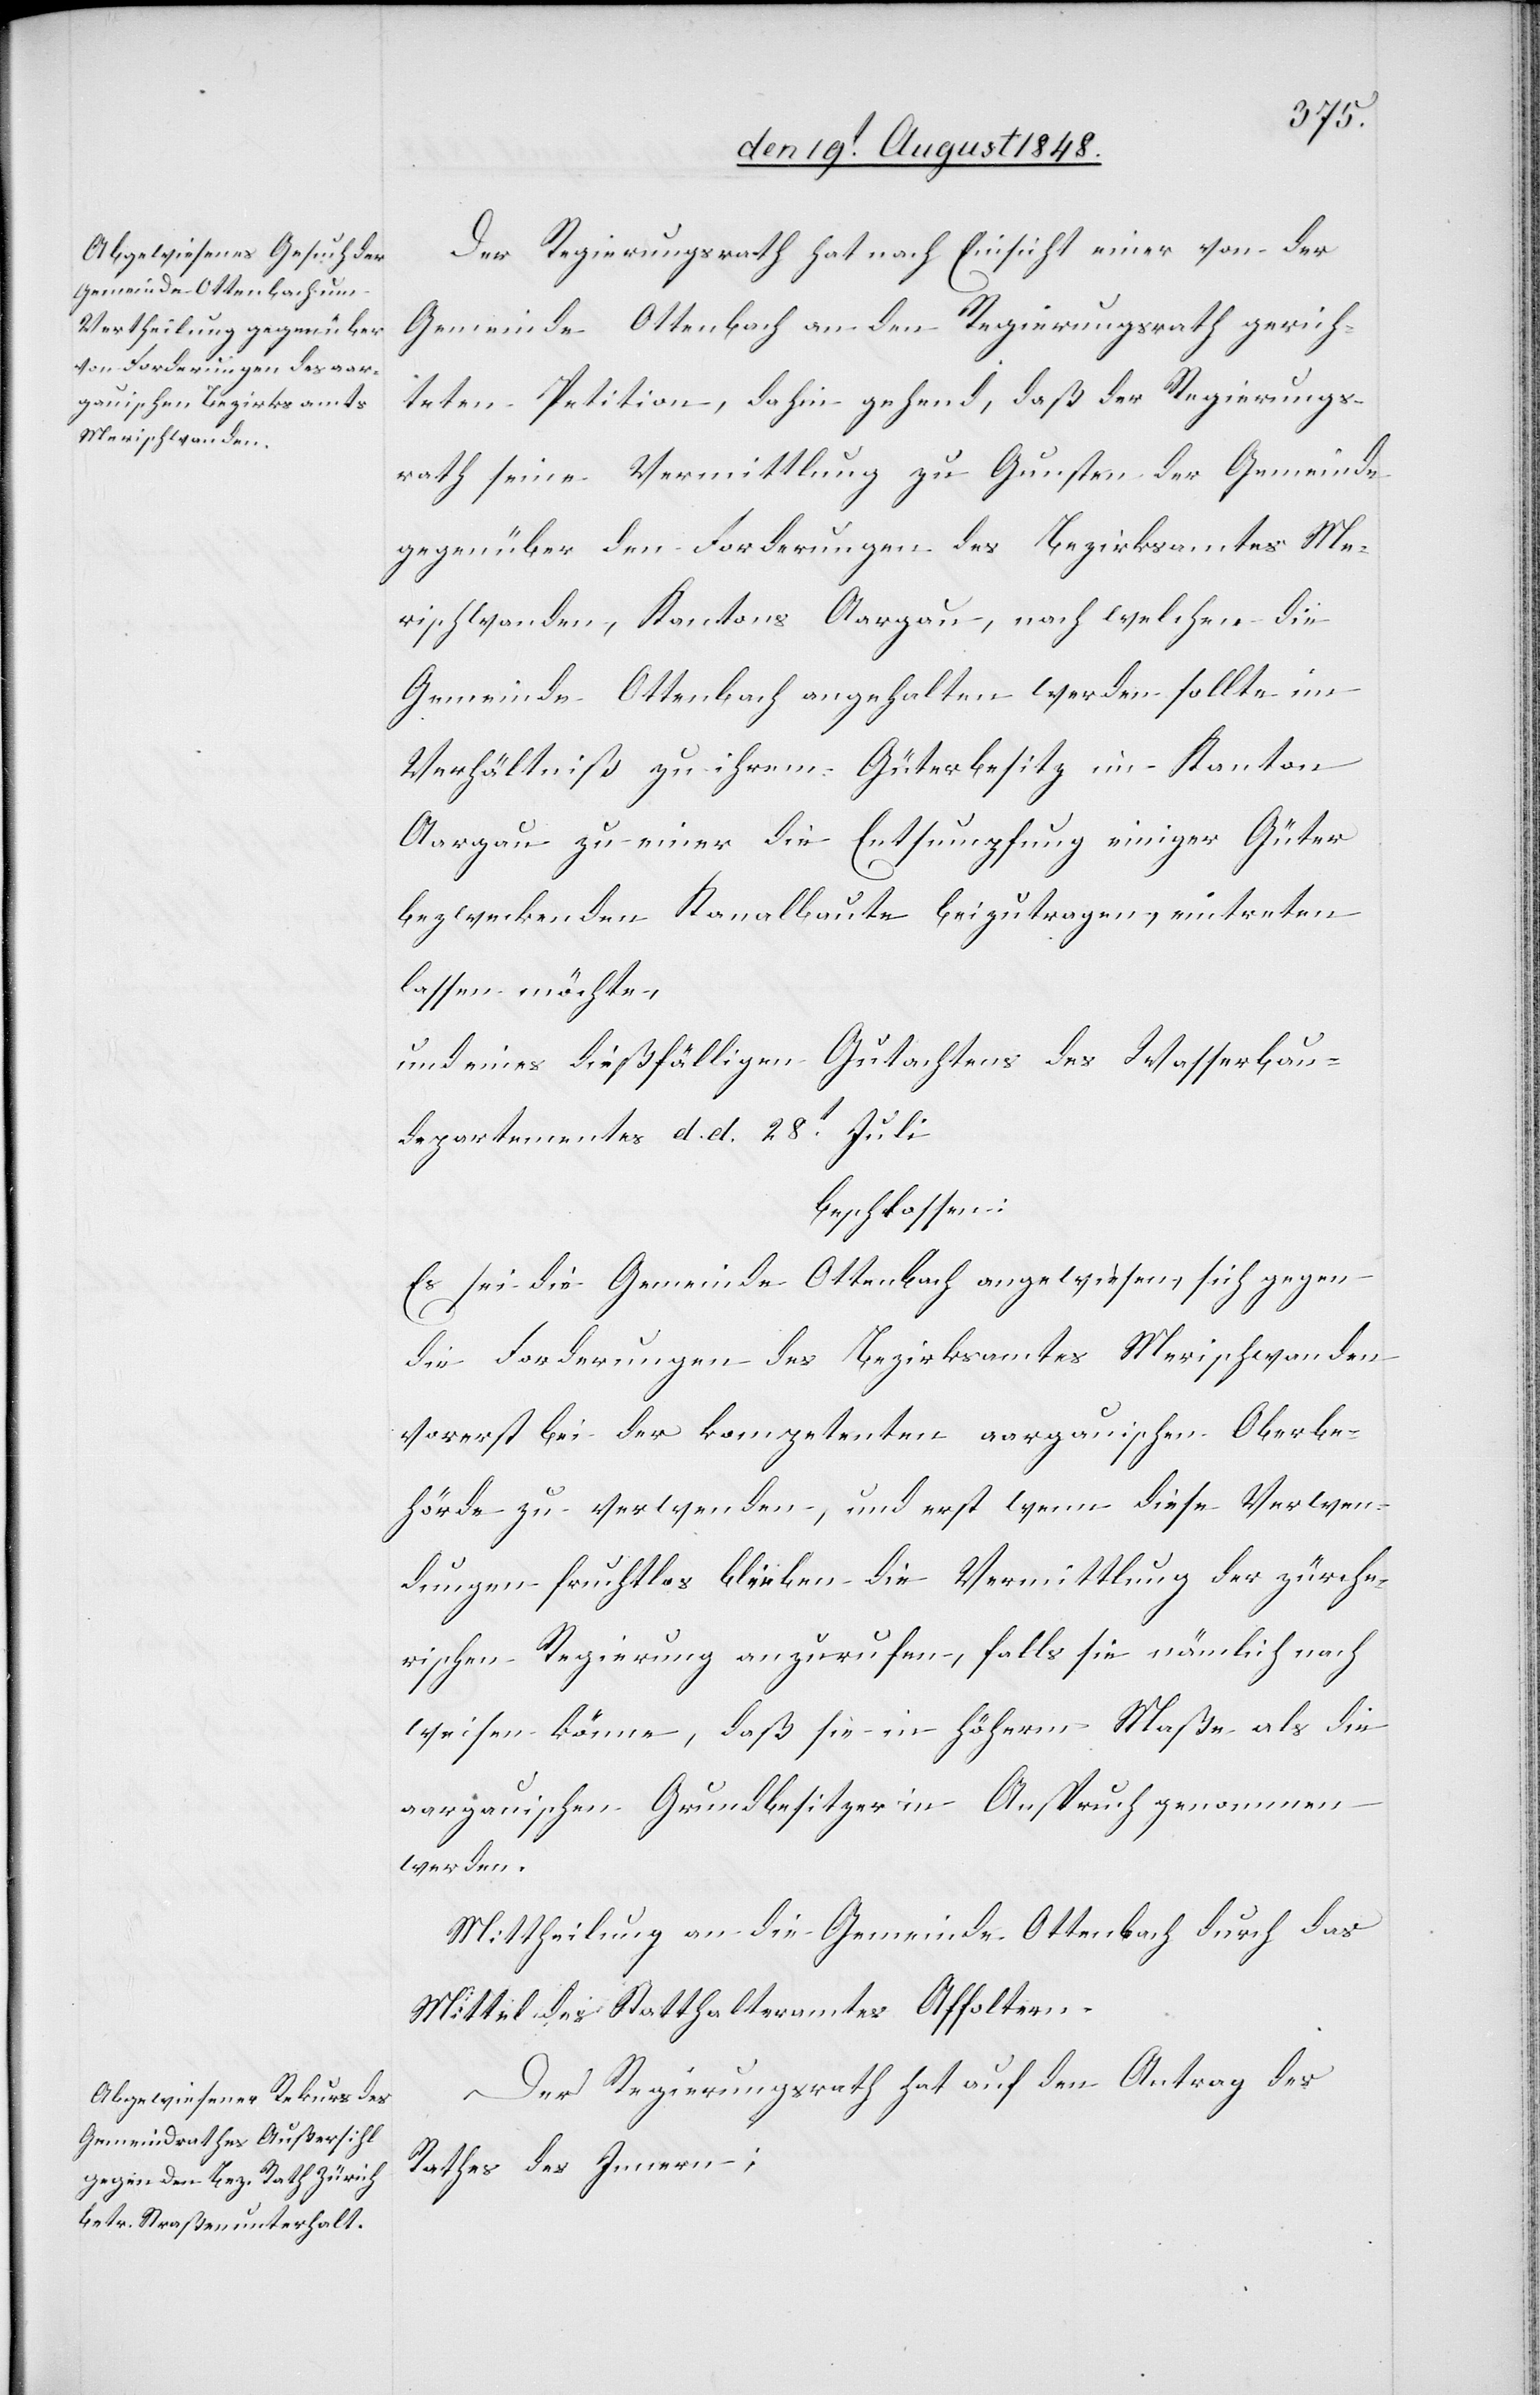
Der Regierungsrath hat nach Einsicht einer von der
Gemeinde Ottenbach an den Regierungsrath gerich¬
teten Petition, dahin gehend, daß der Regierungs¬
rath seine Vermittlung zu Gunsten der Gemeinde
gegenüber den Forderungen des Bezirksamtes Me¬
rischwanden, Kantons Aargau, nach welchen die
Gemeinde Ottenbach angehalten werden sollte im
Verhältniß zu ihrem Güterbesitz im Kanton
Aargau zu einer die Entsumpfung einiger Güter
bezweckenden Kanalbaute beizutragen, eintreten
lassen möchte,
und eines dießfälligen Gutachtens des Wasserbau¬
departementes d. d. 28t Juli
beschlossen:
Es sei die Gemeinde Ottenbach angewiesen, sich gegen
die Forderungen des Bezirksamtes Merischwanden
vorerst bei der kompetenten aargauischen Oberbe¬
hörde zu verwenden, und erst wenn diese Verwen¬
dungen fruchtlos bleiben die Vermittlung der zürche¬
rischen Regierung anzurufen, falls sie nämlich nach¬
weisen könne, daß sie in höherm Maße als die
aargauischen Grundbesitzer in Anspruch genommen
werden.
Mittheilung an die Gemeinde Ottenbach durch das
Mittel des Statthalteramtes Affoltern.
Der Regierungsrath hat auf den Antrag des
Rathes des Innern: